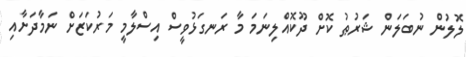
ލޮލުން ނުބަލަންް ޝަރުޠު ކޮށް ދޫކޮއްލިނަަމަ މާ ރަނގަޅުވީސް އިސްލާމީ މަރުކަޒަށް ނަމާދަށާއި